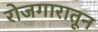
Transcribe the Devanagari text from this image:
रोजगारातून